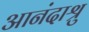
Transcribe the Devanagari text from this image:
आनंदाश्रु